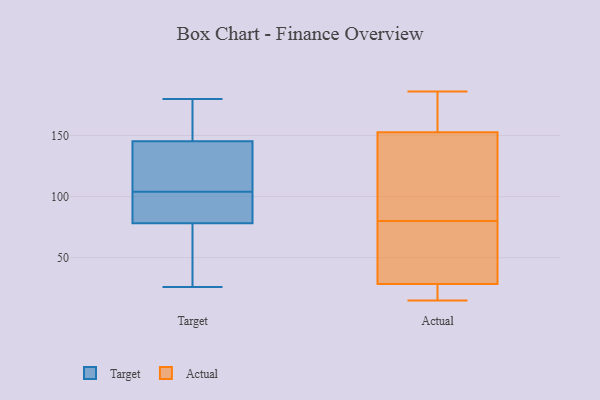
{"axis": {"x": "Customer Acquisition Cost (USD)", "y": "Value"}, "legend": ["Actual", "Target"], "data": [{"x": "", "y": 82, "type": "Target"}, {"x": "", "y": 64, "type": "Target"}, {"x": "", "y": 131, "type": "Target"}, {"x": "", "y": 71, "type": "Target"}, {"x": "", "y": 88, "type": "Target"}, {"x": "", "y": 172, "type": "Target"}, {"x": "", "y": 150, "type": "Target"}, {"x": "", "y": 171, "type": "Target"}, {"x": "", "y": 125, "type": "Target"}, {"x": "", "y": 77, "type": "Target"}, {"x": "", "y": 180, "type": "Target"}, {"x": "", "y": 151, "type": "Target"}, {"x": "", "y": 55, "type": "Target"}, {"x": "", "y": 103, "type": "Target"}, {"x": "", "y": 104, "type": "Target"}, {"x": "", "y": 92, "type": "Target"}, {"x": "", "y": 121, "type": "Target"}, {"x": "", "y": 108, "type": "Target"}, {"x": "", "y": 26, "type": "Target"}, {"x": "", "y": 184, "type": "Actual"}, {"x": "", "y": 133, "type": "Actual"}, {"x": "", "y": 15, "type": "Actual"}, {"x": "", "y": 29, "type": "Actual"}, {"x": "", "y": 161, "type": "Actual"}, {"x": "", "y": 91, "type": "Actual"}, {"x": "", "y": 27, "type": "Actual"}, {"x": "", "y": 186, "type": "Actual"}, {"x": "", "y": 150, "type": "Actual"}, {"x": "", "y": 24, "type": "Actual"}, {"x": "", "y": 80, "type": "Actual"}, {"x": "", "y": 46, "type": "Actual"}, {"x": "", "y": 39, "type": "Actual"}]}